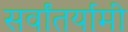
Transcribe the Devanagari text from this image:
सर्वांतर्यामी